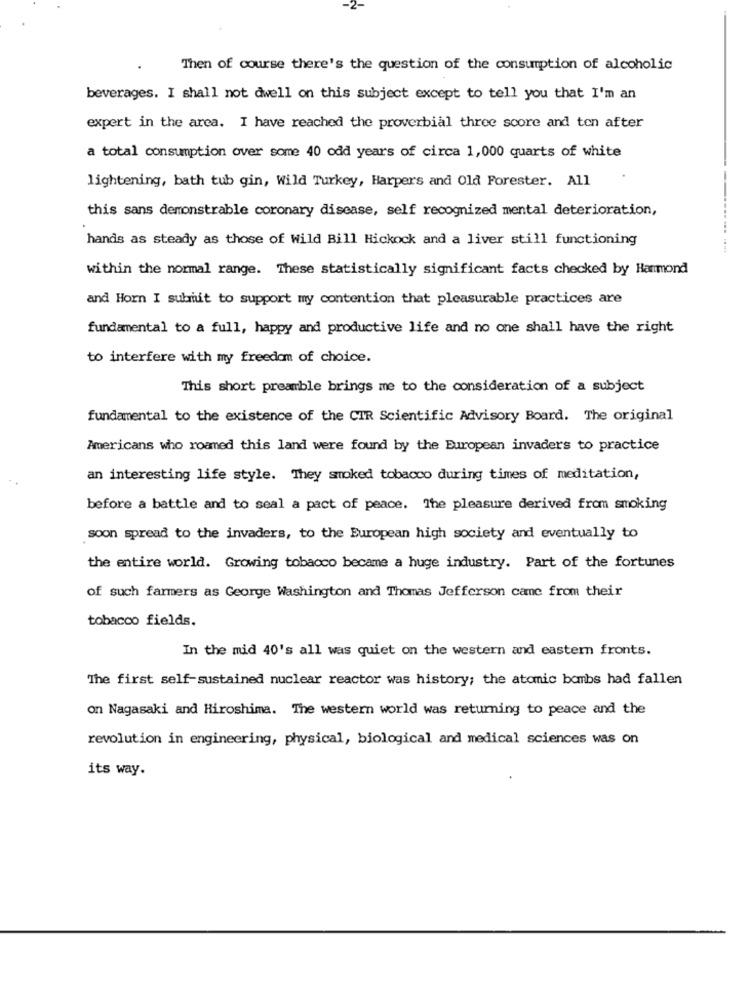
Then of course there's the question of the consumption of alcoholic
beverages. I shall not dwell on this subject except to tell you that I'm an
expert in the area. I have reached the proverbial three score and ten after
a total consumption over some 40 odd years of circa 1,000 quarts of white
lightening, bath tub gin, Wild Turkey, Harpers and Old Forester. All
this sans demonstrable coronary disease, self recognized mental deterioration,
hands as steady as those of Wild Bill Hickock and a liver still functioning
within the normal range. These statistically significant facts checked by Hanmond
and Horn I submit to support my contention that pleasurable practices are
fundamental to a full, happy and productive life and no one shall have the right
to interfere with my freedom of choice.
This short preamble brings me to the consideration of a subject
fundamental to the existence of the CIR Scientific Advisory Board. The original
Americans who roamed this land were found by the European invaders to practice
an interesting life style. They smoked tobacco during times of meditation,
before a battle and to seal a pact of peace. The pleasure derived from smoking
soon spread to the invaders, to the European high society and eventually to
the entire world. Growing tobacco became a huge industry. Part of the fortunes
of such farmers as George Washington and Thomas Jefferson came from their
tobacco fields.
In the mid 40's all was quiet on the western and eastern fronts.
The first self-sustained nuclear reactor was history; the atomic bombs had fallen
on Nagasaki and Hiroshima. The western world was returning to peace and the
revolution in engineering, physical, biological and medical sciences was on
its way.